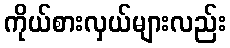
ကိုယ်စားလှယ်များလည်း